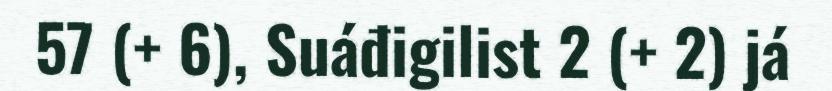
57 (+ 6), Suáđigilist 2 (+ 2) já